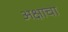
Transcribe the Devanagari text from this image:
अक्षाचा